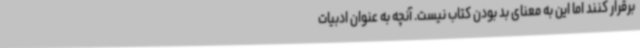
برقرار کنند اما این به معنای بد بودن کتاب نیست. آنچه‌ به عنوان ادبیات